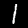
Label: 1